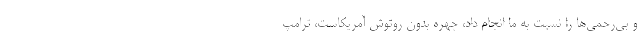
و بی‌رحمی‌ها را نسبت به ما انجام داد، چهره بدون روتوش آمریکاست، ترامپ